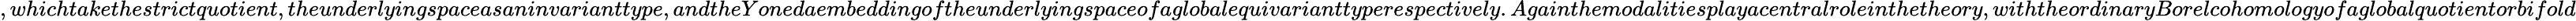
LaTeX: ,whichtakethestrictquotient,theunderlyingspaceasaninvarianttype,andtheYonedaembeddingoftheunderlyingspaceofaglobalequivarianttyperespectively.Againthemodalitiesplayacentralroleinthetheory,withtheordinaryBorelcohomologyofaglobalquotientorbifold